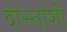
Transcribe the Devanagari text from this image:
दोस्तांशी